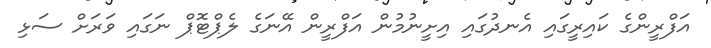
އަފްރީންގެ ކައިރީގައި އެނދުގައި އިށީނުމުން އަފްރީން އޭނަގެ ލެޕްޓޮޕް ނަގައި ވަރަށް ސަޅި